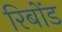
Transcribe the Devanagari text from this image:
रिबोंड